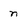
Character: n